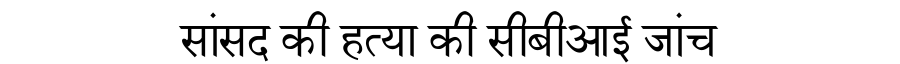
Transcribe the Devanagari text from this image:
सांसद की हत्या की सीबीआई जांच